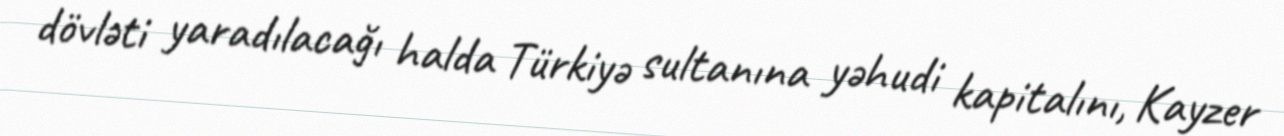
dövləti yaradılacağı halda Türkiyə sultanına yəhudi kapitalını, Kayzer